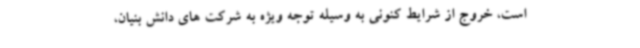
است، خروج از شرایط کنونی به وسیله توجه ویژه به شرکت های دانش بنیان،